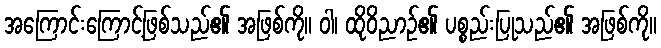
အကြောင်းကြောင့်ဖြစ်သည်၏ အဖြစ်ကို။ ဝါ၊ ထိုဝိညာဉ်၏ ပစ္စည်းပြုသည်၏ အဖြစ်ကို။